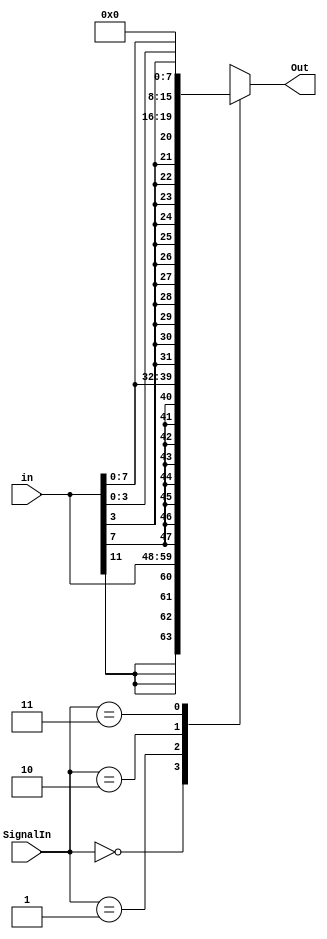
module sign_extend(
   input [1:0] SignalIn,
   input [11:0] in,
   output reg [15:0] Out
   );

   always @(*) begin

      casex (SignalIn)
       2'b00: Out = {{4{in[11]}}, in[11:0]}; //4 Extend
       2'b01: Out = {{8{in[7]}}, in[7:0]}; //8 Extend
       2'b10: Out = {{12{in[3]}}, in[3:0]}; //12 Extend
       2'b11: Out = {8'b00000000, in[7:0]}; //0 extend
      endcase

   end

endmodule